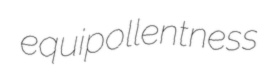
equipollentness